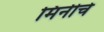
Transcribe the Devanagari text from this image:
मिनीचे